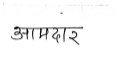
मजकूर: आमदार